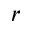
r